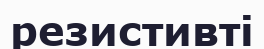
резистивті